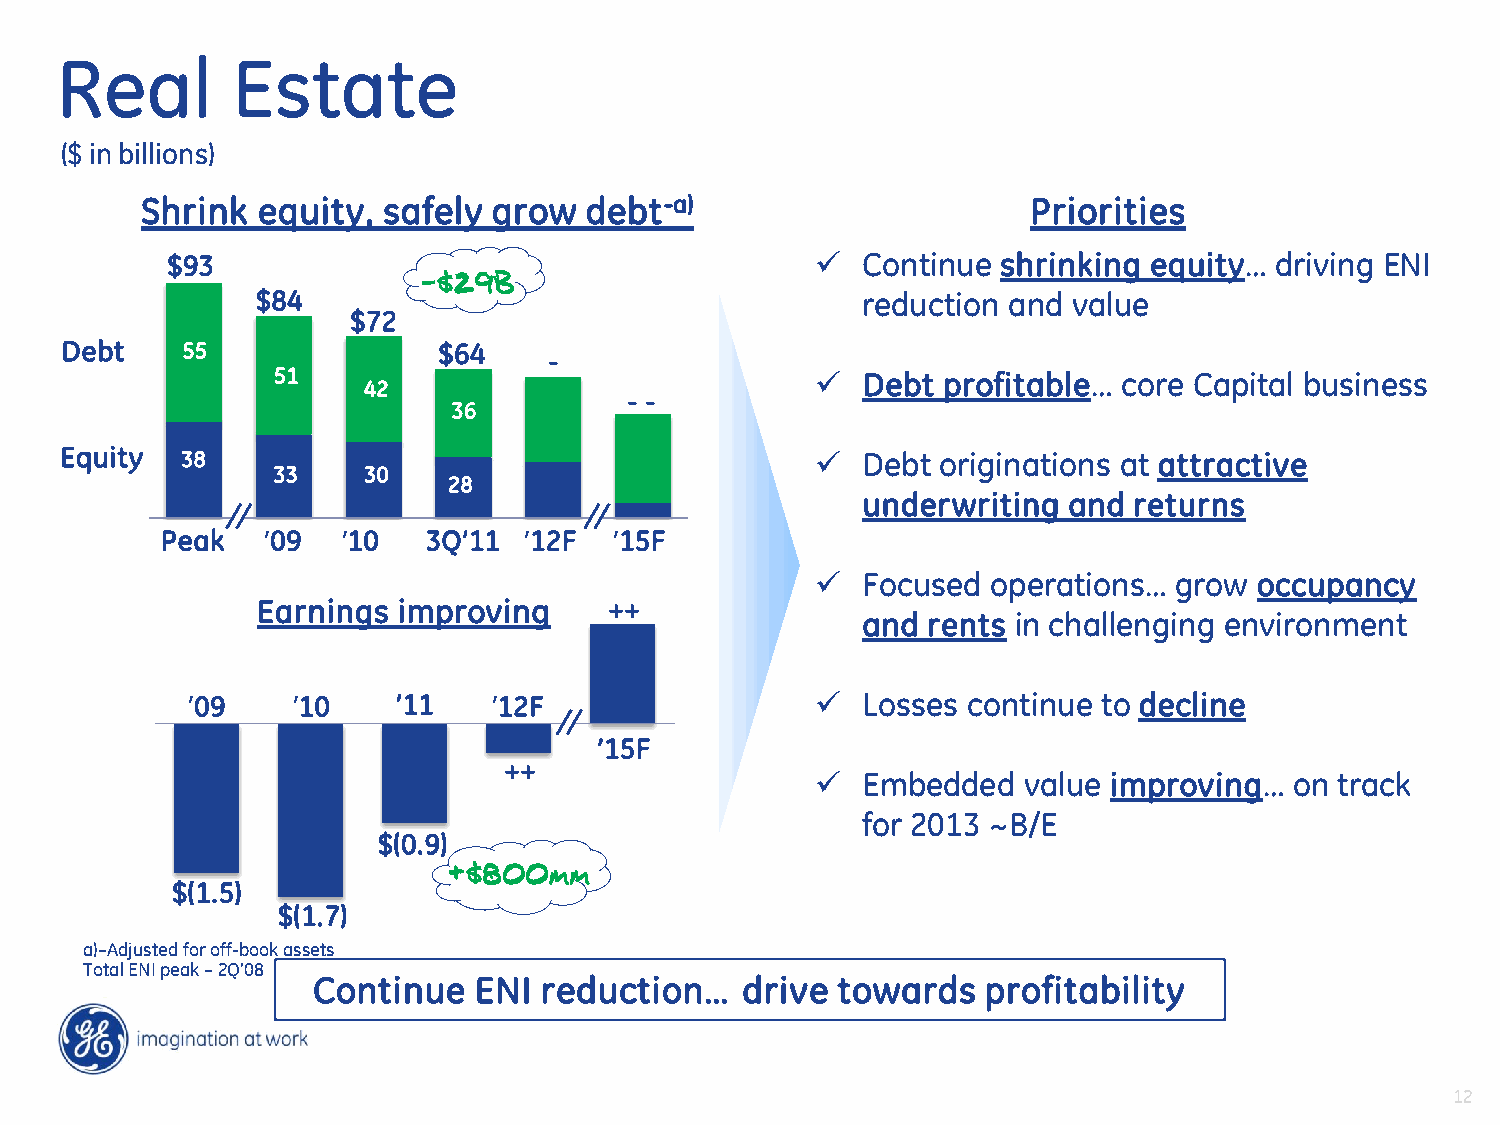
Real       Estate
 ($ in billions)
 Shrink  equity, safely  grow  debt-a)                      Priorities
 $93                                          Continue shrinking equity… driving ENI
 $84                                     reduction and value
 $72
 Debt    55               $64
 -
 51                                    Debt profitable… core Capital business
 42
 - -
 36
 Equity  38                                          Debt originations at attractive
 33    30
 28
 underwriting  and returns
 Peak  ’09   ’10  3Q’11  ’12F  ’15F
   Focused  operations… grow occupancy
 Earnings improving     ++
 and rents in challenging environment
 ’09    ’10    ’11    ’12F                   Losses continue to decline
 ’15F
 ++
   Embedded   value improving…  on track
 for 2013 ~B/E
 $(0.9)
 $(1.5)
 $(1.7)
 a)–Adjusted for off-book assets
 Total ENI peak – 2Q’08
 Continue  ENI  reduction…   drive towards   profitability
 12